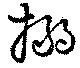
搦